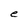
Character: e